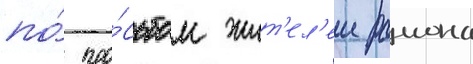
по́ про́сьбам жит'ел'еи раиона